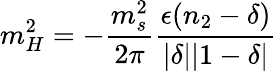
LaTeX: m_{H}^{2}=-\frac{m_{s}^{2}}{2\pi}\frac{\epsilon(n_{2}-\delta)}{|\delta||1-\delta|}